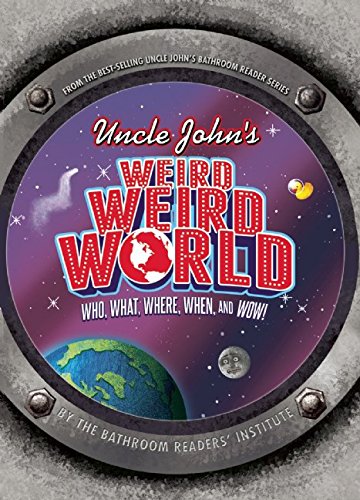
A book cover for Uncle John's Weird, Weird World: Who, What, Where, When, and Wow!; Bathroom Readers' Institute; Humor & Entertainment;